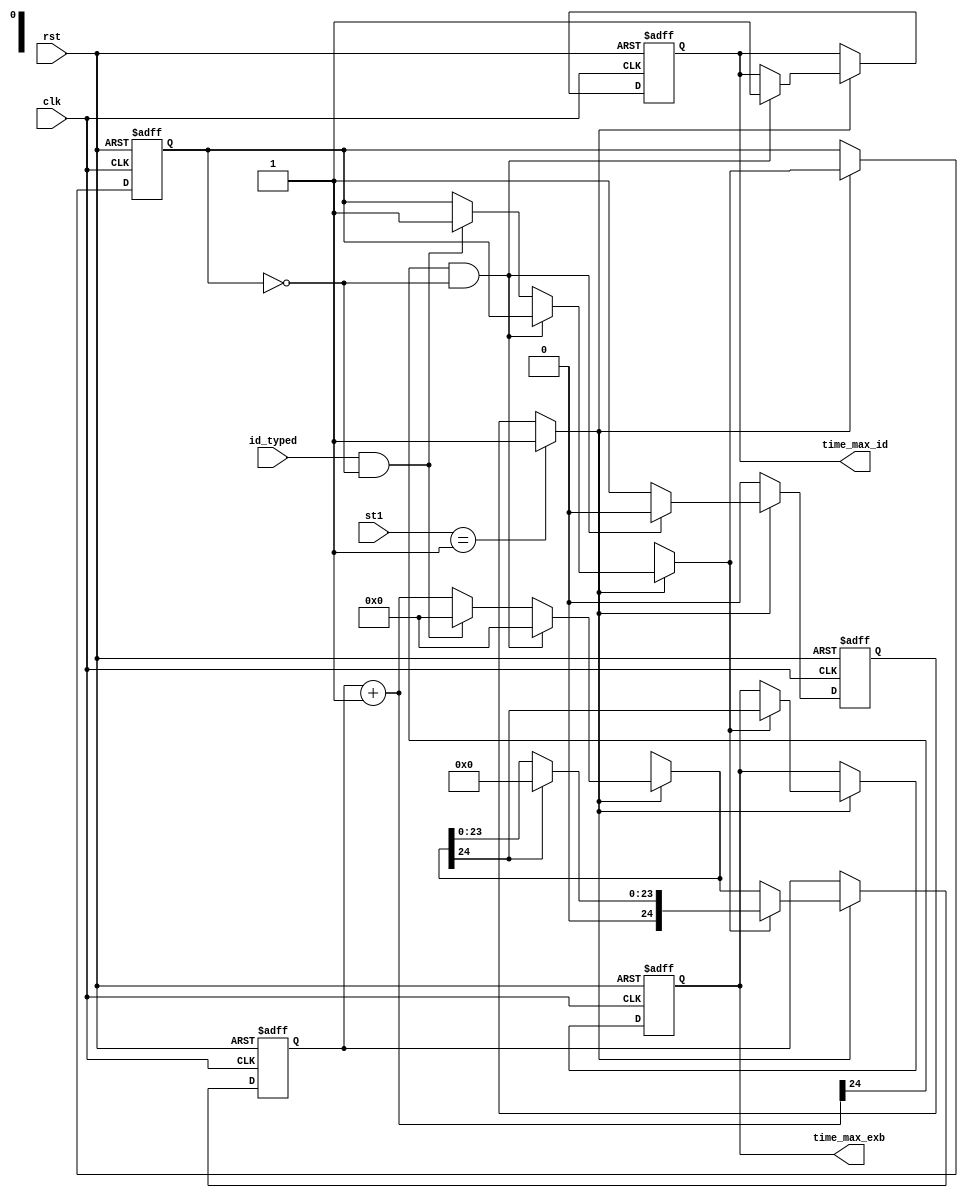
module timing(clk,rst, id_typed, st1, time_max_id, time_max_exb);
	input clk, rst, id_typed;
	input [0:1] st1;
	output reg time_max_id;
	reg start_time,  start_time_ex;
   reg [24:0] counter; 
	output reg time_max_exb;
	
	/*Obs: No foi possvel utilizar um registrador com uma quantidade maior de bits
	para obter um tempo razovel para cada operao da mquina, pois a quantidade mxima
	de LES infelizmente foi atingida.
	 */
	 
	initial begin
		counter = 0;
		start_time = 0;
		start_time_ex  = 0;
		time_max_id = 0;
		time_max_exb = 0;
   end
	
	always @(negedge clk, negedge rst) begin
	
			if(rst == 0) begin
				counter = 0;
				start_time = 0;
				start_time_ex  = 0;
				time_max_id = 0;
				time_max_exb = 0;
			end
			
			else begin
		
				if(st1 == 1) begin
					start_time = 1;
				end
				
				
				if(start_time) begin 
				
					counter = counter + 1;
					
					if(counter [24] && !start_time_ex) begin
						time_max_id = 1;
						start_time = 0;
						counter = 0;
					end 
				
					else if(id_typed && !start_time_ex) begin
						counter = 0;	
						start_time_ex  = 1;		
						
					end
					
					if(start_time_ex) begin
						time_max_exb = counter[24];
										
                 if(counter[24]) counter = 0;
							
						
						

				end
			end
		end
				
				
			
	end
			

endmodule